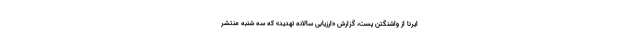
ایرنا از واشنگتن پست، گزارش «ارزیابی سالانه تهدید» که سه شنبه منتشر